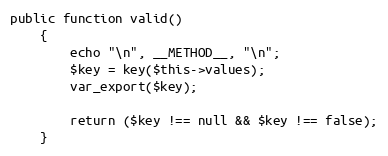
Language: PHP
public function valid()
    {
        echo "\n", __METHOD__, "\n";
        $key = key($this->values);
        var_export($key);

        return ($key !== null && $key !== false);
    }